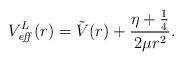
LaTeX: \begin{align*}V_{\it eff}^{L}(r) = \tilde{V}(r) + \frac{ \eta + \frac{1}{4} }{2\mu r^{2} }.\end{align*}